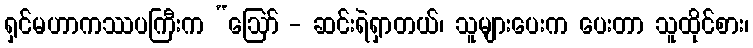
ရှင်မဟာကဿပကြီးက “ဩော် - ဆင်းရဲရှာတယ်၊ သူများပေးက ပေးတာ သူထိုင်စား၊